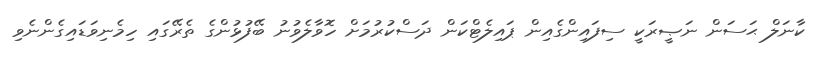
ކާނަލް ޙަސަން ނަޞީރަކީ ސިފައިންގެއިން ޕައިލެޓްކަން ދަސްކުރުމަށް ހޮވާލެވުނު ބޭފުޅުންގެ ތެރޭގައި ހިމެނިވަޑައިގެންނެވި